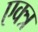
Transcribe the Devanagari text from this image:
एक्त्र